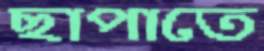
ছাপাতে